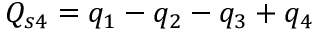
Q _ { s 4 } = q _ { 1 } - q _ { 2 } - q _ { 3 } + q _ { 4 }